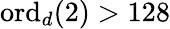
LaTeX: \mathrm{ord}_{d}(2)>128